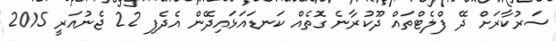
ސަރުކާރަށް ދޭ ފްލެޓްތައް ދޫކުރާނެ ގޮތެއް ކަނޑައަޅައިދޭން އެދެފި 22 ޖެނުއަރީ 2015